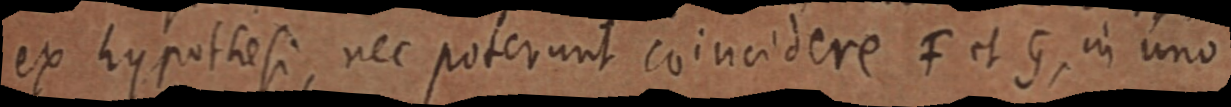
ex hypothesi, nec poterunt coincidere F et G, in uno